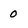
Character: o